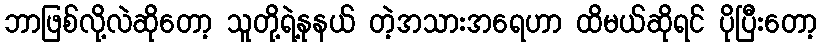
ဘာဖြစ်လို့လဲဆိုတော့ သူတို့ရဲ့နုနယ် တဲ့အသားအရေဟာ ထိမယ်ဆိုရင် ပိုပြီးတော့